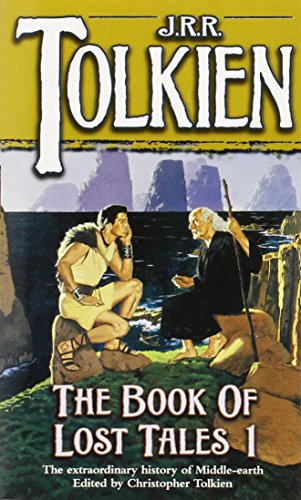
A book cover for The Book of Lost Tales 1(The History of Middle-Earth, Vol. 1); J.R.R. Tolkien; Science Fiction & Fantasy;